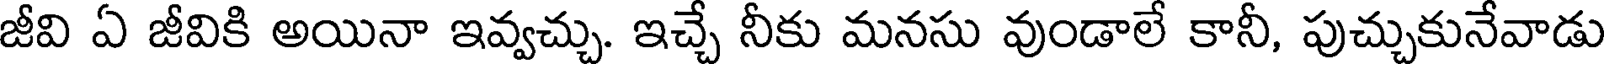
జీవి ఏ జీవికి అయినా ఇవ్వచ్చు. ఇచ్చే నీకు మనసు వుండాలే కానీ, పుచ్చుకునేవాడు